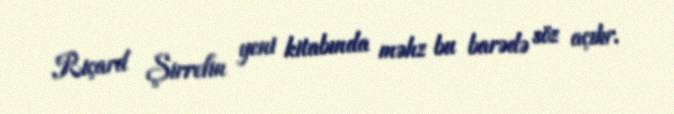
Riçard Şirrefin yeni kitabında məhz bu barədə söz açılır.